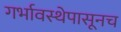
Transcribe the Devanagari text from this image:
गर्भावस्थेपासूनच